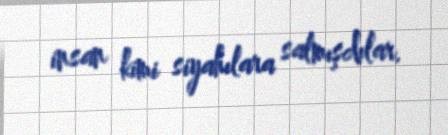
insan kimi siyahılara salmışdılar.